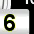
Digit: 6